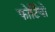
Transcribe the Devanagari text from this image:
फोर्टियो